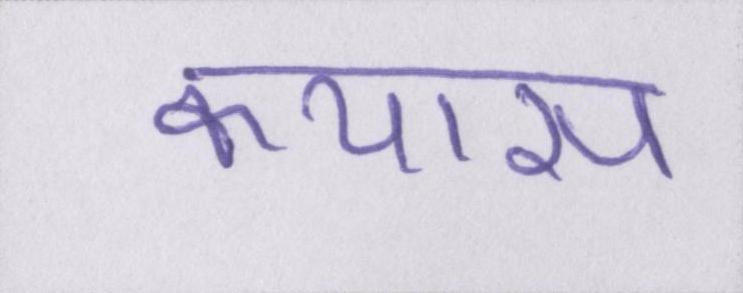
कयास